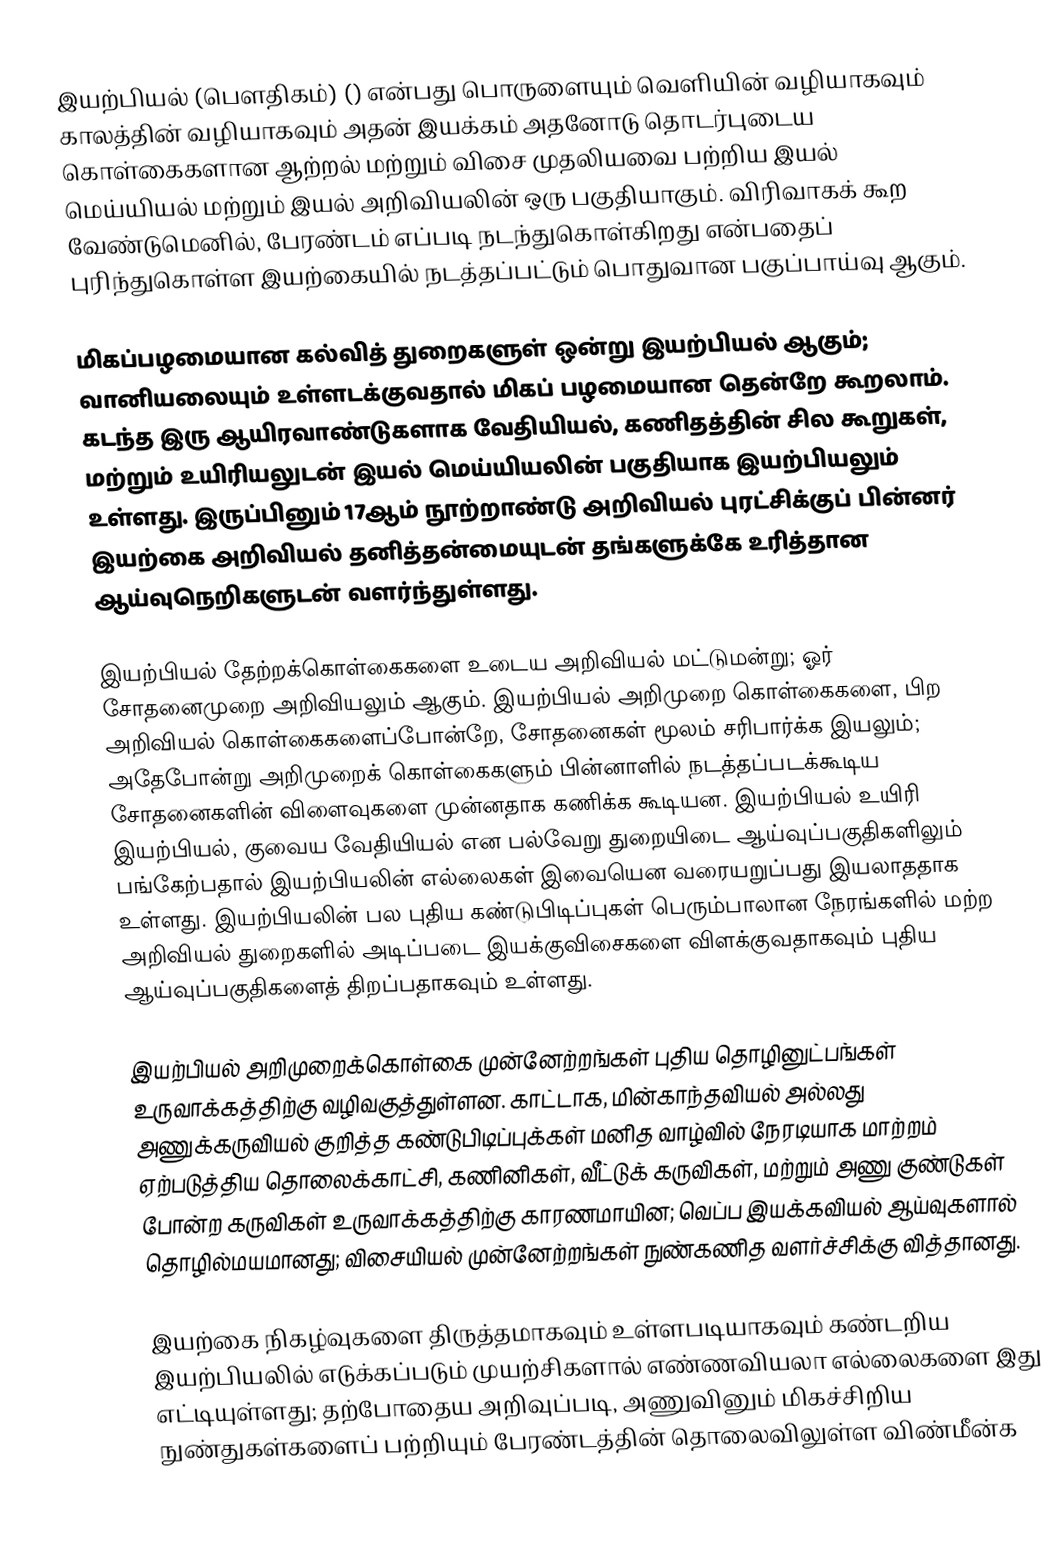
இயற்பியல் (பௌதிகம்) () என்பது பொருளையும் வெளியின் வழியாகவும் காலத்தின் வழியாகவும் அதன் இயக்கம் அதனோடு தொடர்புடைய கொள்கைகளான ஆற்றல் மற்றும் விசை முதலியவை பற்றிய இயல் மெய்யியல் மற்றும் இயல் அறிவியலின் ஒரு பகுதியாகும். விரிவாகக் கூற வேண்டுமெனில், பேரண்டம் எப்படி நடந்துகொள்கிறது என்பதைப் புரிந்துகொள்ள இயற்கையில் நடத்தப்பட்டும் பொதுவான பகுப்பாய்வு ஆகும்.

மிகப்பழமையான கல்வித் துறைகளுள் ஒன்று இயற்பியல் ஆகும்; வானியலையும் உள்ளடக்குவதால் மிகப் பழமையான தென்றே கூறலாம். கடந்த இரு ஆயிரவாண்டுகளாக  வேதியியல், கணிதத்தின் சில கூறுகள், மற்றும் உயிரியலுடன் இயல் மெய்யியலின் பகுதியாக இயற்பியலும் உள்ளது. இருப்பினும் 17ஆம் நூற்றாண்டு அறிவியல் புரட்சிக்குப் பின்னர் இயற்கை அறிவியல் தனித்தன்மையுடன் தங்களுக்கே உரித்தான ஆய்வுநெறிகளுடன் வளர்ந்துள்ளது.

இயற்பியல் தேற்றக்கொள்கைகளை உடைய அறிவியல் மட்டுமன்று; ஓர் சோதனைமுறை அறிவியலும் ஆகும். இயற்பியல் அறிமுறை கொள்கைகளை, பிற அறிவியல் கொள்கைகளைப்போன்றே, சோதனைகள் மூலம் சரிபார்க்க இயலும்; அதேபோன்று அறிமுறைக் கொள்கைகளும் பின்னாளில் நடத்தப்படக்கூடிய சோதனைகளின் விளைவுகளை முன்னதாக கணிக்க கூடியன. இயற்பியல் உயிரி இயற்பியல், குவைய வேதியியல் என பல்வேறு  துறையிடை ஆய்வுப்பகுதிகளிலும் பங்கேற்பதால் இயற்பியலின் எல்லைகள் இவையென வரையறுப்பது இயலாததாக உள்ளது. இயற்பியலின் பல புதிய கண்டுபிடிப்புகள் பெரும்பாலான நேரங்களில் மற்ற அறிவியல் துறைகளில் அடிப்படை இயக்குவிசைகளை விளக்குவதாகவும் புதிய ஆய்வுப்பகுதிகளைத் திறப்பதாகவும் உள்ளது.

இயற்பியல் அறிமுறைக்கொள்கை முன்னேற்றங்கள்  புதிய தொழினுட்பங்கள் உருவாக்கத்திற்கு வழிவகுத்துள்ளன. காட்டாக, மின்காந்தவியல் அல்லது அணுக்கருவியல் குறித்த கண்டுபிடிப்புக்கள் மனித வாழ்வில் நேரடியாக மாற்றம் ஏற்படுத்திய தொலைக்காட்சி, கணினிகள், வீட்டுக் கருவிகள், மற்றும் அணு குண்டுகள் போன்ற கருவிகள் உருவாக்கத்திற்கு காரணமாயின; வெப்ப இயக்கவியல் ஆய்வுகளால் தொழில்மயமானது; விசையியல் முன்னேற்றங்கள்  நுண்கணித வளர்ச்சிக்கு வித்தானது.

இயற்கை நிகழ்வுகளை திருத்தமாகவும் உள்ளபடியாகவும் கண்டறிய இயற்பியலில் எடுக்கப்படும் முயற்சிகளால் எண்ணவியலா எல்லைகளை இது எட்டியுள்ளது; தற்போதைய அறிவுப்படி, அணுவினும் மிகச்சிறிய நுண்துகள்களைப் பற்றியும் பேரண்டத்தின் தொலைவிலுள்ள விண்மீன்க